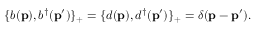
\{ b ( { \bf p } ) , b ^ { \dagger } ( { \bf p ^ { \prime } } ) \} _ { + } = \{ d ( { \bf p } ) , d ^ { \dagger } ( { \bf p ^ { \prime } } ) \} _ { + } = \delta ( { \bf p - \bf p ^ { \prime } } ) .